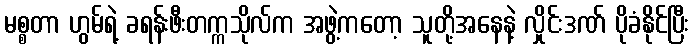
မစ္စတာ ဟွမ်ရဲ့ ခရန်းဖီးတက္ကသိုလ်က အဖွဲ့ကတော့ သူတို့အနေနဲ့ လှိုင်းဒဏ် ပိုခံနိုင်ပြီး